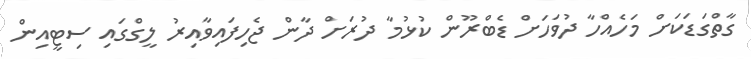
ގާތްގަޑަކަށް މަހެއްހާ ދުވަހަށް ޑެބްރޫން ކުޅުމާ ދުރަށް ދާން ޖެހިފައިވާއިރު ލީގްގައި ސިޓީއިން